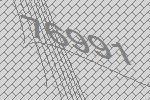
76991